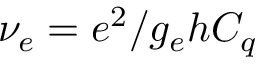
\nu _ { e } = e ^ { 2 } / g _ { e } h C _ { q }